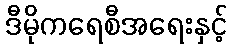
ဒီမိုကရေစီအရေးနှင့်